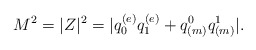
\begin{align*}M^2 =|Z|^2 = |q^{(e)}_0q^{(e)}_1 + q^0_{(m)}q^1_{(m)}|. \end{align*}